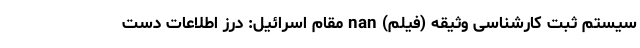
سیستم ثبت کارشناسی وثیقه (فیلم) nan مقام اسرائیل: درز اطلاعات دست